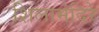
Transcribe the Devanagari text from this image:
शिलामंदिरे